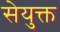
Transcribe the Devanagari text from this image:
सेयुक्त